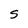
Character: S